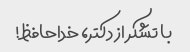
با تشکر از دکتر، خداحافظ!